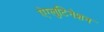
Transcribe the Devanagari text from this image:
ऐग्लुटिनेशन